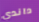
داندي